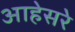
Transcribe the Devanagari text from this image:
आहेसरे